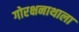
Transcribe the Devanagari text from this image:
गोरक्षनाथाला